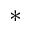
*